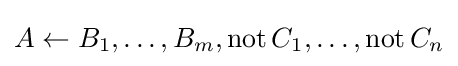
A\leftarrow B_{1},\dots ,B_{m},\operatorname {not} C_{1},\dots ,\operatorname {not} C_{n}